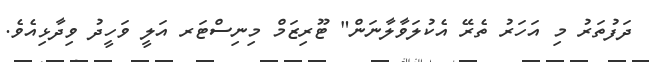
ދަފުތަރު މި އަހަރު ތެރޭ އެކުލަވާލާނަން" ޓޫރިޒަމް މިނިސްޓަރ އަލީ ވަހީދު ވިދާޅިއެވެ.